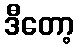
ဒီတော့